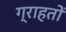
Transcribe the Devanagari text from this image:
ग्राहतों